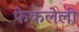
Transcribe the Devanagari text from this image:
फेकलेली